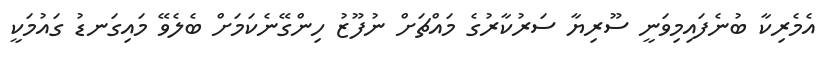
އެމެރިކާ ބުނެފައިމިވަނީ ސޫރިޔާ ސަރުކާރުގެ މައްޗަށް ނުފޫޒު ހިންގޭނެކަމަށް ބެލެވޭ މައިގަނޑު ގައުމަކީ